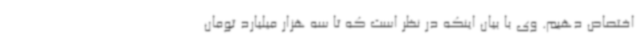
اختصاص دهیم. وی با بیان اینکه در نظر است که تا سه هزار میلیارد تومان